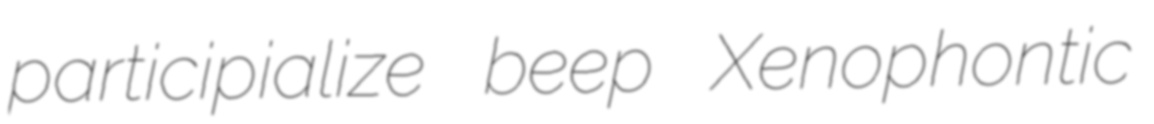
participialize beep Xenophontic